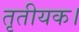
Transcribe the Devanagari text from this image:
तृतीयक।